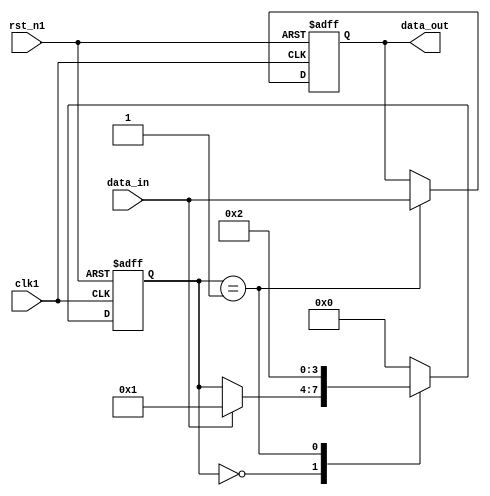
module burst_synchronizer (
    input wire clk1,     // Clock domain 1
    input wire rst_n1,   // Reset signal for clock domain 1
    input wire data_in,  // Input data to be synchronized
    output reg data_out  // Synchronized output data
);

reg [3:0] state;

always @(posedge clk1 or negedge rst_n1) begin
    if (~rst_n1) begin
        state <= 4'b0000;   // Reset state
        data_out <= 1'b0;   // Initialize output data
    end else begin
        case (state)
            4'b0000: begin // Idle state
                if (data_in) begin
                    state <= 4'b0001; // Capture state
                end
            end
            4'b0001: begin // Capture state
                state <= 4'b0010; // Release state
                data_out <= data_in; // Synchronize input data
            end
            4'b0010: begin // Release state
                state <= 4'b0000; // Return to idle state
            end
            default: state <= 0; // Error handling
        endcase
    end
end

endmodule